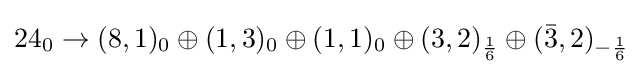
24_{0}\to (8,1)_{0}\oplus (1,3)_{0}\oplus (1,1)_{0}\oplus (3,2)_{\frac {1}{6}}\oplus ({\bar {3}},2)_{-{\frac {1}{6}}}